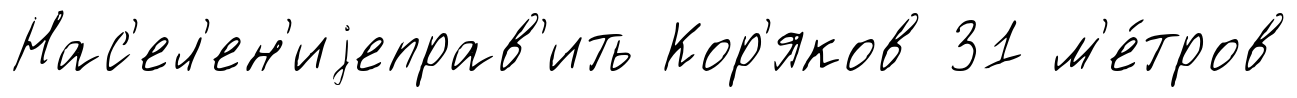
Нас'ел'ен'иjеправ'ить Кор'яков 31 м'е́тров